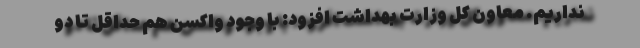
نداریم. معاون کل وزارت بهداشت افزود: با وجود واکسن هم حداقل تا دو